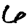
Digit: 6